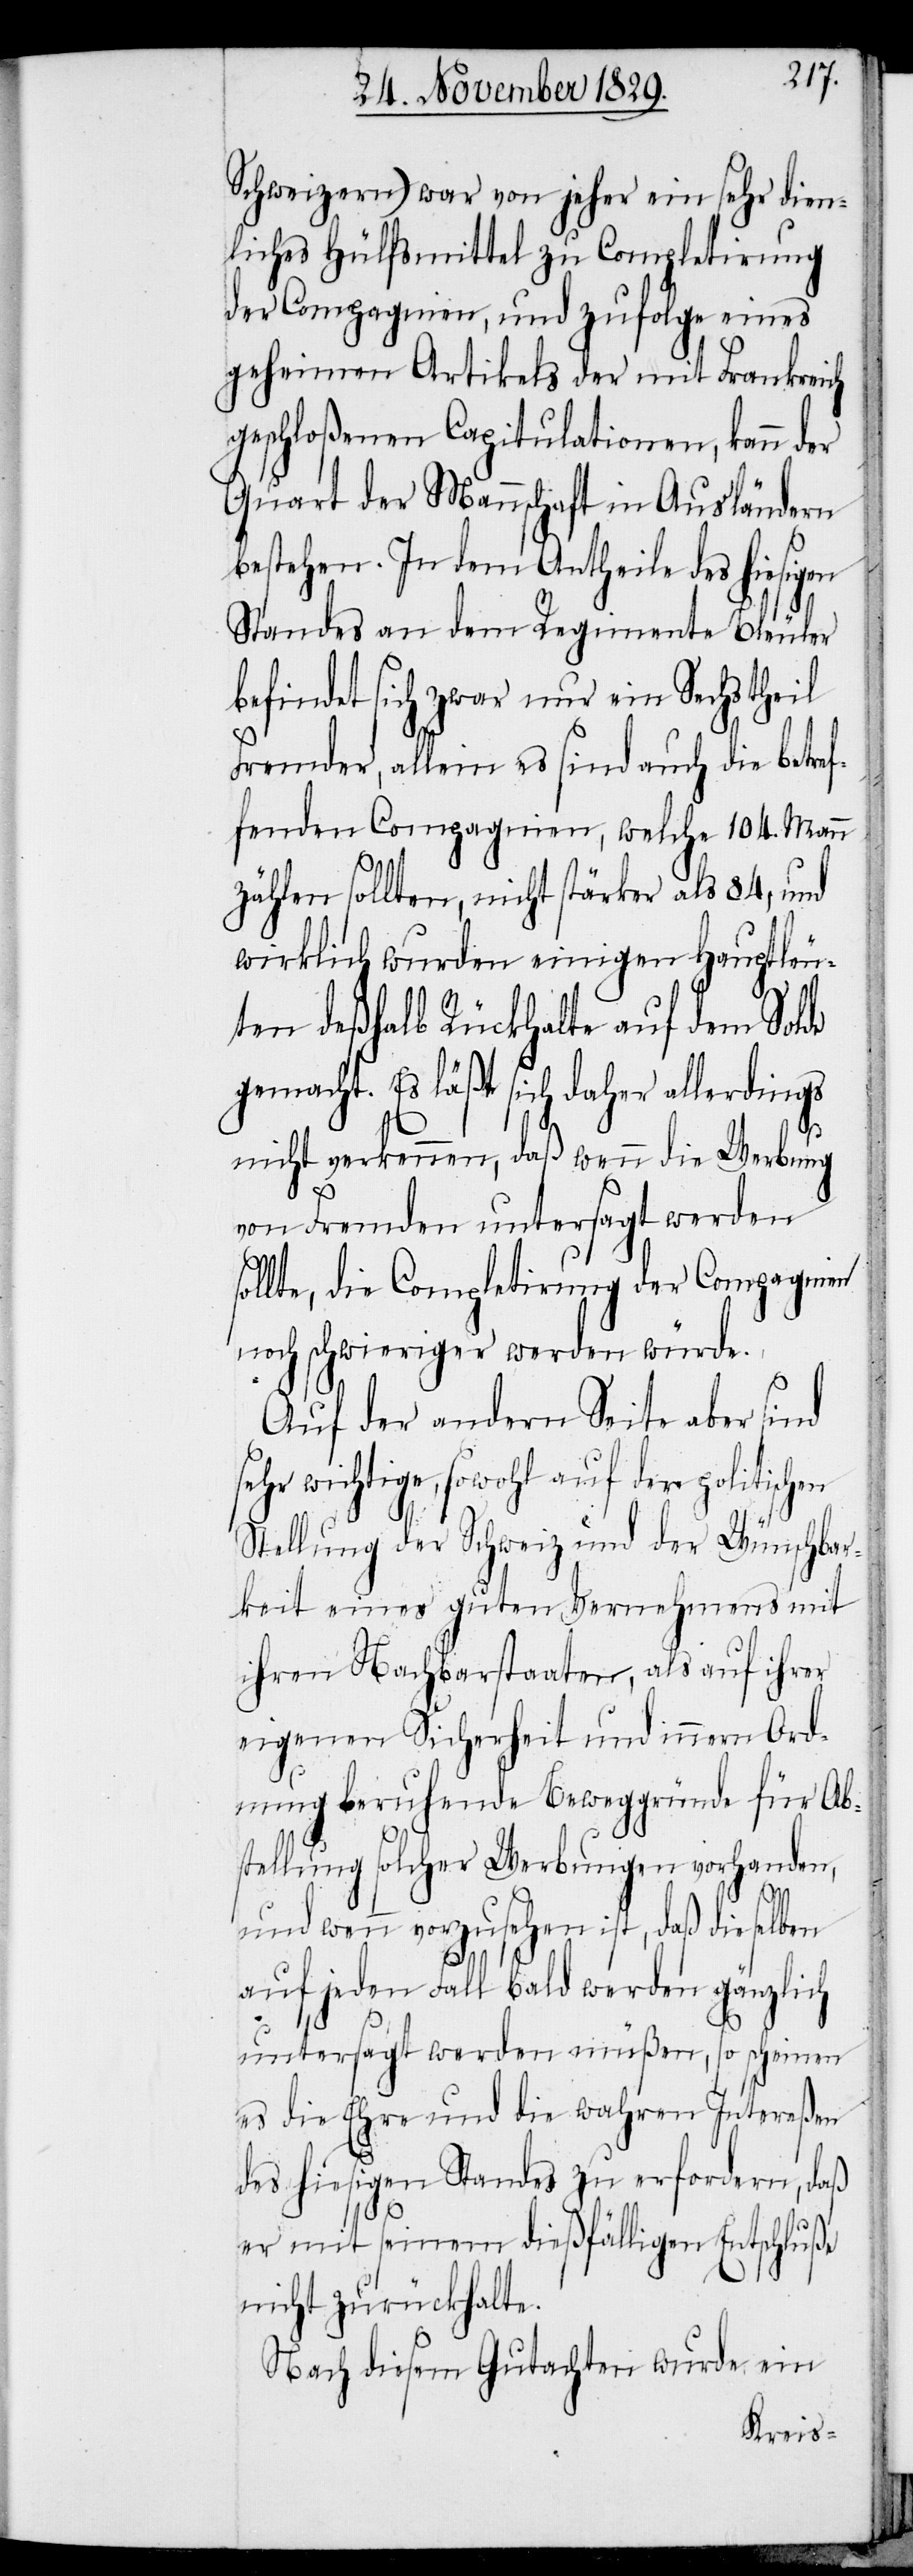
Schweizern) war von jeher ein sehr dien¬
liches Hülfsmittel zu Completirung
der Compagnien, und zufolge eines
geheimen Artikels der mit Frankreich
geschloßenen Capitulationen, kann der
Quart der Mannschaft in Ausländern
bestehen. In dem Antheile des hiesigen
Standes an dem Regimente Bleuler
befindet sich zwar nur ein Sechstheil
Fremder, allein es sind auch die betre¬
ffenden Compagnien, welche 104. Mann
zählen sollten, nicht stärker als 84, und
wirklich wurden einigen Hauptleu¬
ten deßhalb Rückhalte auf dem Solde
gemacht. Es läßt sich daher allerdings
nicht verkennen, daß wenn die Werbung
von Fremden untersagt werden
sollte, die Completirung der Compagnien
noch schwieriger werden würde.
Auf der andern Seite aber sind
sehr wichtige, sowohl auf der politischen
Stellung der Schweiz und der Wünschbar¬
keit eines guten Vernehmens mit
ihren Nachbarstaaten, als auf ihrer
eigenen Sicherheit und innern Ord¬
nung beruhende Beweggründe für Ab¬
stellung solcher Werbungen vorhanden,
und wenn vorzusehen ist, daß dieselben
auf jeden Fall bald werden gänzlich
untersagt werden müßen, so scheinen
es die Ehre und die wahren Intereßen
des hiesigen Standes zu erfordern, daß
er mit seinem dießfälligen Entschluße
nicht zurückhalte.
Nach diesem Gutachten wurde ein